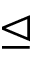
\trianglelefteq